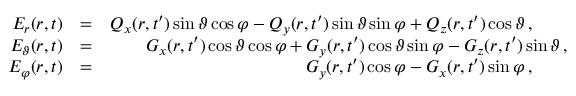
\begin{array} { r l r } { E _ { r } ( \boldsymbol { r } , t ) } & { = } & { Q _ { x } ( r , t ^ { \prime } ) \sin \vartheta \cos \varphi - Q _ { y } ( r , t ^ { \prime } ) \sin \vartheta \sin \varphi + Q _ { z } ( r , t ^ { \prime } ) \cos \vartheta \, , \quad \quad } \\ { E _ { \vartheta } ( \boldsymbol { r } , t ) } & { = } & { G _ { x } ( r , t ^ { \prime } ) \cos \vartheta \cos \varphi + G _ { y } ( r , t ^ { \prime } ) \cos \vartheta \sin \varphi - G _ { z } ( r , t ^ { \prime } ) \sin \vartheta \, , } \\ { E _ { \varphi } ( \boldsymbol { r } , t ) } & { = } & { G _ { y } ( r , t ^ { \prime } ) \cos \varphi - G _ { x } ( r , t ^ { \prime } ) \sin \varphi \, , \quad \quad } \end{array}